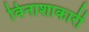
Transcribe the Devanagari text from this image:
विनाशाकारी